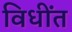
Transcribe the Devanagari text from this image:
विधींत